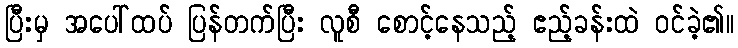
ပြီးမှ အပေါ်ထပ် ပြန်တက်ပြီး လူစီ စောင့်နေသည့် ဧည့်ခန်းထဲ ဝင်ခဲ့၏။